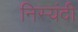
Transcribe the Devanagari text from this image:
निस्यंदी